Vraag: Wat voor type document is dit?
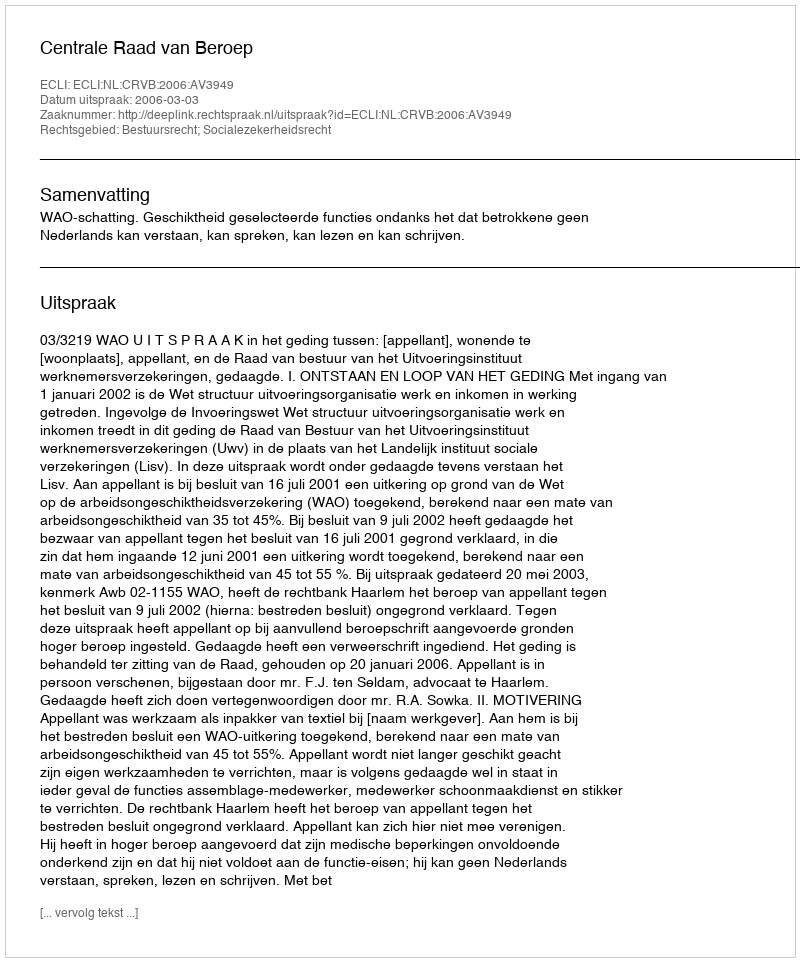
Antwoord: Uitspraak